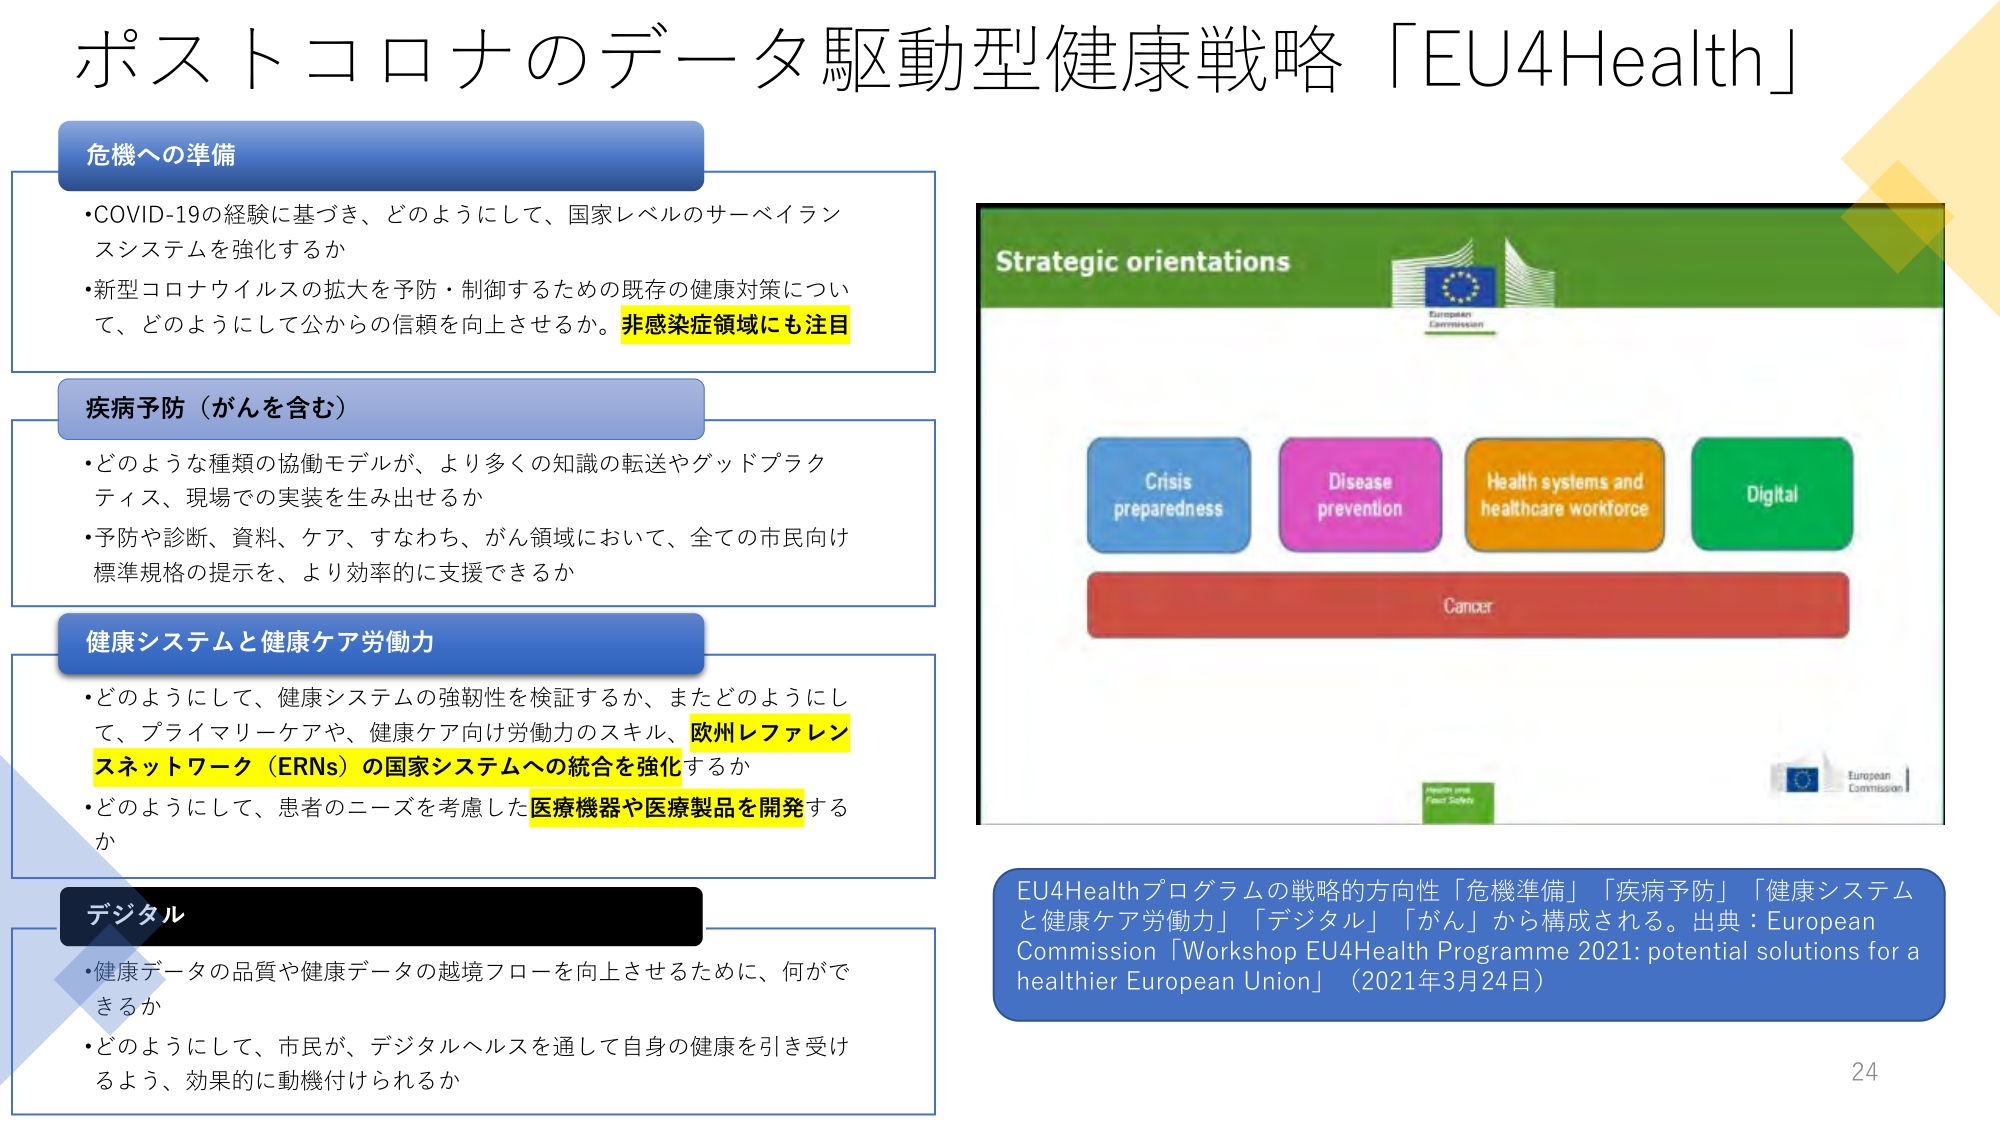
ポストコロナのデータ駆動型健康戦略「EU4Health」

危機への準備
・COVID-19の経験に基づき、どのようにして、国家レベルのサーベイランスシステムを強化するか
・新型コロナウイルスの拡大を予防・制御するための既存の健康対策について、どのようにして公からの信頼を向上させるか。非感染症領域にも注目

疾病予防（がんを含む）
・どのような種類の協働モデルが、より多くの知識の転送やグッドプラクティス、現場での実装を生み出せるか
・予防や診断、資料、ケア、すなわち、がん領域において、全ての市民向け標準規格の提示を、より効率的に支援できるか

健康システムと健康ケア労働力
・どのようにして、健康システムの強靭性を検証するか、またどのようにして、プライマリーケアや、健康ケア向け労働力のスキル、欧州レファレンスネットワーク（ERNs）の国家システムへの統合を強化するか
・どのようにして、患者のニーズを考慮した医療機器や医療製品を開発するか

デジタル
・健康データの品質や健康データの越境フローを向上させるために、何ができるか
・どのようにして、市民が、デジタルヘルスを通じて自身の健康を引き受けるよう、効果的に動機付けられるか

Strategic orientations
Crisis preparedness
Disease prevention
Health systems and healthcare workforce
Digital
Cancer

EU4Healthプログラムの戦略的方向性「危機準備」「疾病予防」「健康システムと健康ケア労働力」「デジタル」「がん」から構成される。出典：European Commission「Workshop EU4Health Programme 2021: potential solutions for a healthier European Union」（2021年3月24日）

24